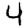
Digit: 4